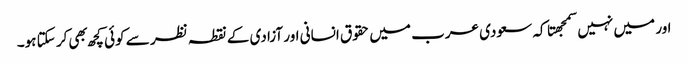
اور میں نہیں سمجهتا کہ سعودی عرب میں حقوق انسانی اور آزادی کے نقطہ نظر سے کوئی کچھ بهی کر سکتا ہو۔